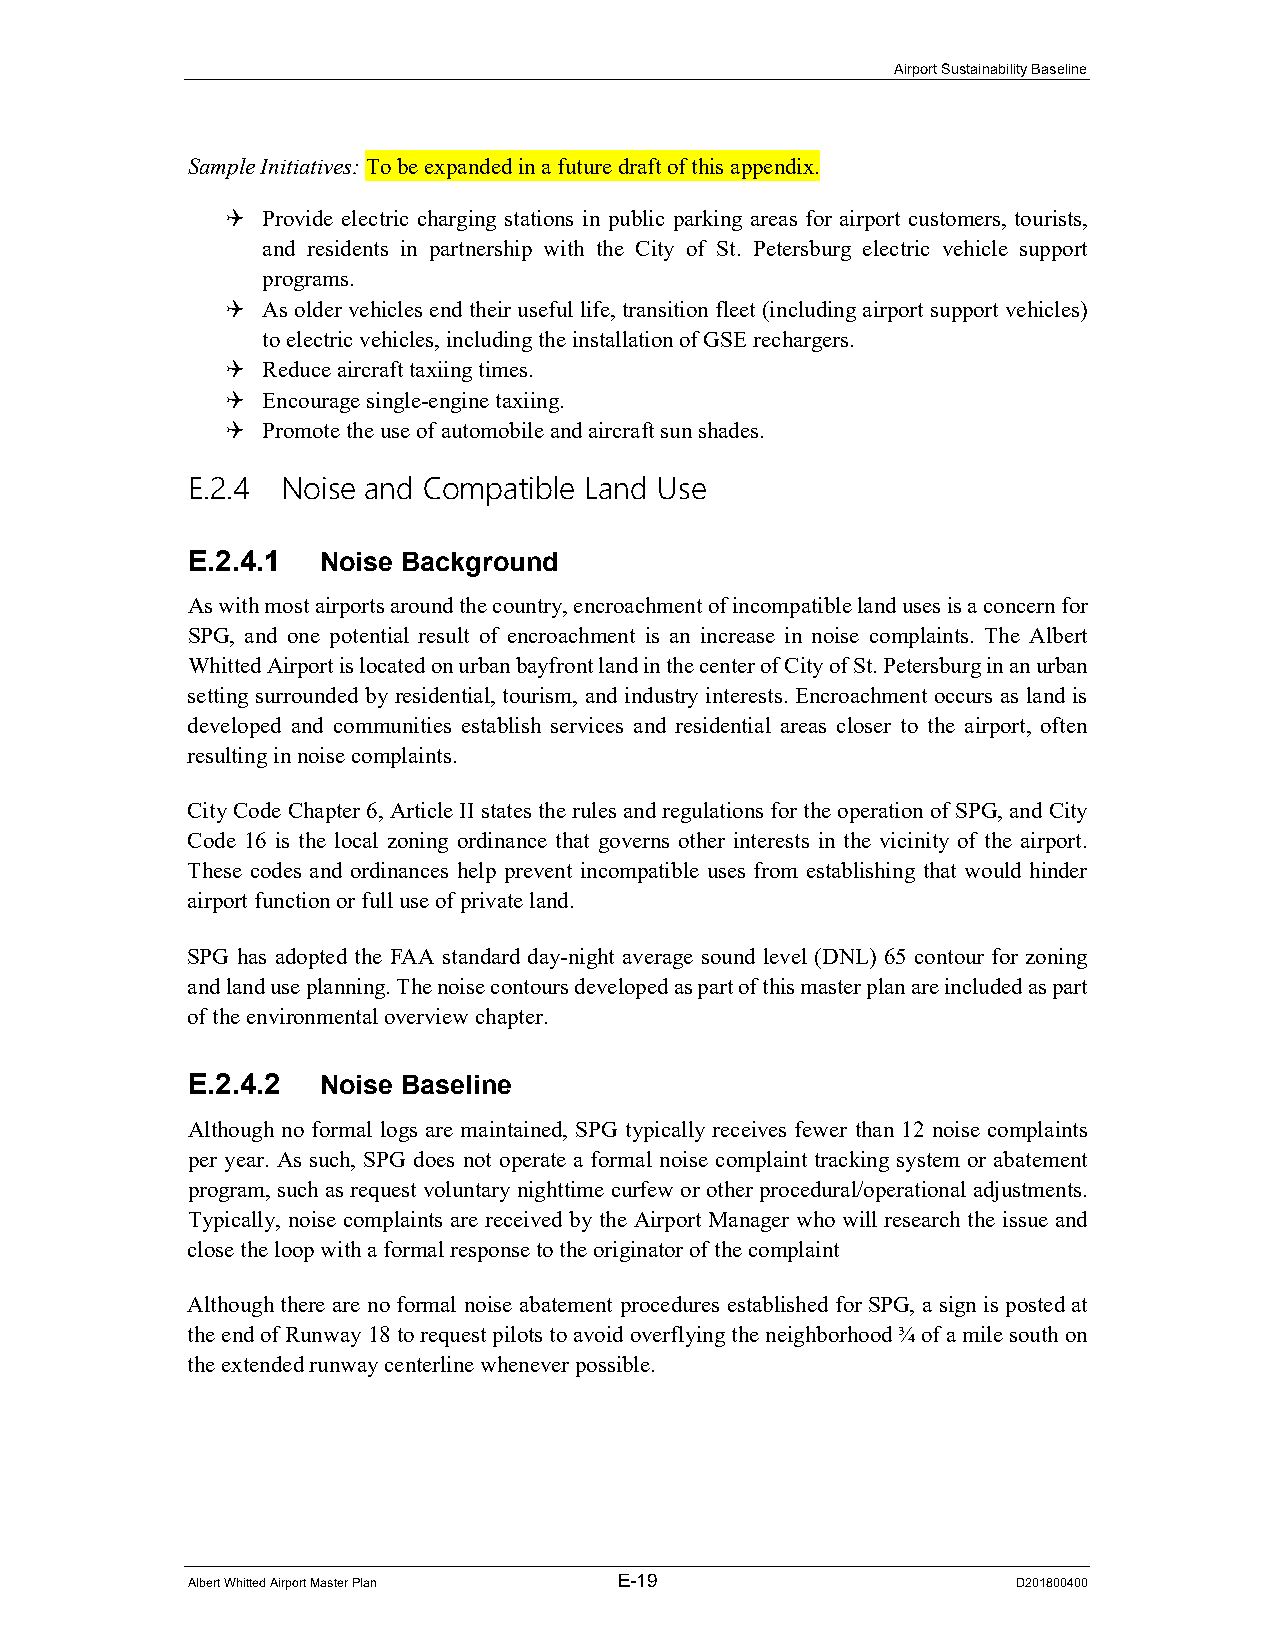
Airport Sustainability Baseline
 Sample Initiatives: To be expanded in a future draft of this appendix.
  Provide electric charging stations in public parking areas for airport customers, tourists,
 and residents in partnership with the City of St. Petersburg electric vehicle support
 programs.
  As older vehicles end their useful life, transition fleet (including airport support vehicles)
 to electric vehicles, including the installation of GSE rechargers.
  Reduce aircraft taxiing times.
  Encourage single-engine taxiing.
  Promote the use of automobile and aircraft sun shades.
 E.2.4  Noise and Compatible Land Use
 E.2.4.1  Noise Background
 As with most airports around the country, encroachment of incompatible land uses is a concern for
 SPG, and one potential result of encroachment is an increase in noise complaints. The Albert
 Whitted Airport is located on urban bayfront land in the center of City of St. Petersburg in an urban
 setting surrounded by residential, tourism, and industry interests. Encroachment occurs as land is
 developed and communities establish services and residential areas closer to the airport, often
 resulting in noise complaints.
 City Code Chapter 6, Article II states the rules and regulations for the operation of SPG, and City
 Code 16 is the local zoning ordinance that governs other interests in the vicinity of the airport.
 These codes and ordinances help prevent incompatible uses from establishing that would hinder
 airport function or full use of private land.
 SPG has adopted the FAA standard day-night average sound level (DNL) 65 contour for zoning
 and land use planning. The noise contours developed as part of this master plan are included as part
 of the environmental overview chapter.
 E.2.4.2  Noise Baseline
 Although no formal logs are maintained, SPG typically receives fewer than 12 noise complaints
 per year. As such, SPG does not operate a formal noise complaint tracking system or abatement
 program, such as request voluntary nighttime curfew or other procedural/operational adjustments.
 Typically, noise complaints are received by the Airport Manager who will research the issue and
 close the loop with a formal response to the originator of the complaint
 Although there are no formal noise abatement procedures established for SPG, a sign is posted at
 the end of Runway 18 to request pilots to avoid overflying the neighborhood ¾ of a mile south on
 the extended runway centerline whenever possible.
 Albert Whitted Airport Master Plan E-19                D201800400